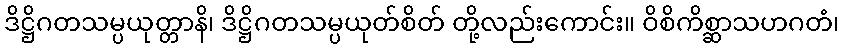
ဒိဋ္ဌိဂတသမ္ပယုတ္တာနိ၊ ဒိဋ္ဌိဂတသမ္ပယုတ်စိတ် တို့လည်းကောင်း။ ဝိစိကိစ္ဆာသဟဂတံ၊